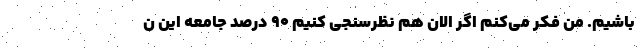
باشیم. من فکر می‌کنم اگر الان هم نظرسنجی کنیم ۹۰ درصد جامعه این ن